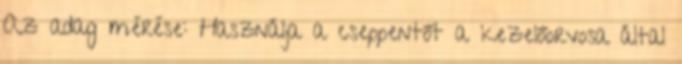
Az adag mérése: Használja a cseppentőt a kezelőorvosa által